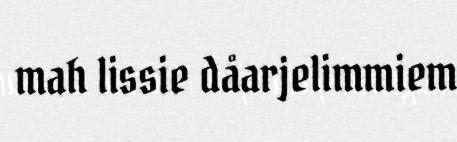
mah lissie dåarjelimmiem